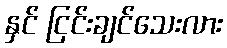
နှင် ငြင်းချင်သေးလား